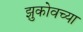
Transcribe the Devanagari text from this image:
झुकोवच्या